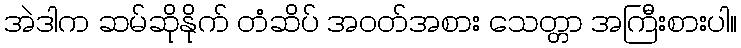
အဲဒါက ဆမ်ဆိုနိုက် တံဆိပ် အဝတ်အစား သေတ္တာ အကြီးစားပါ။